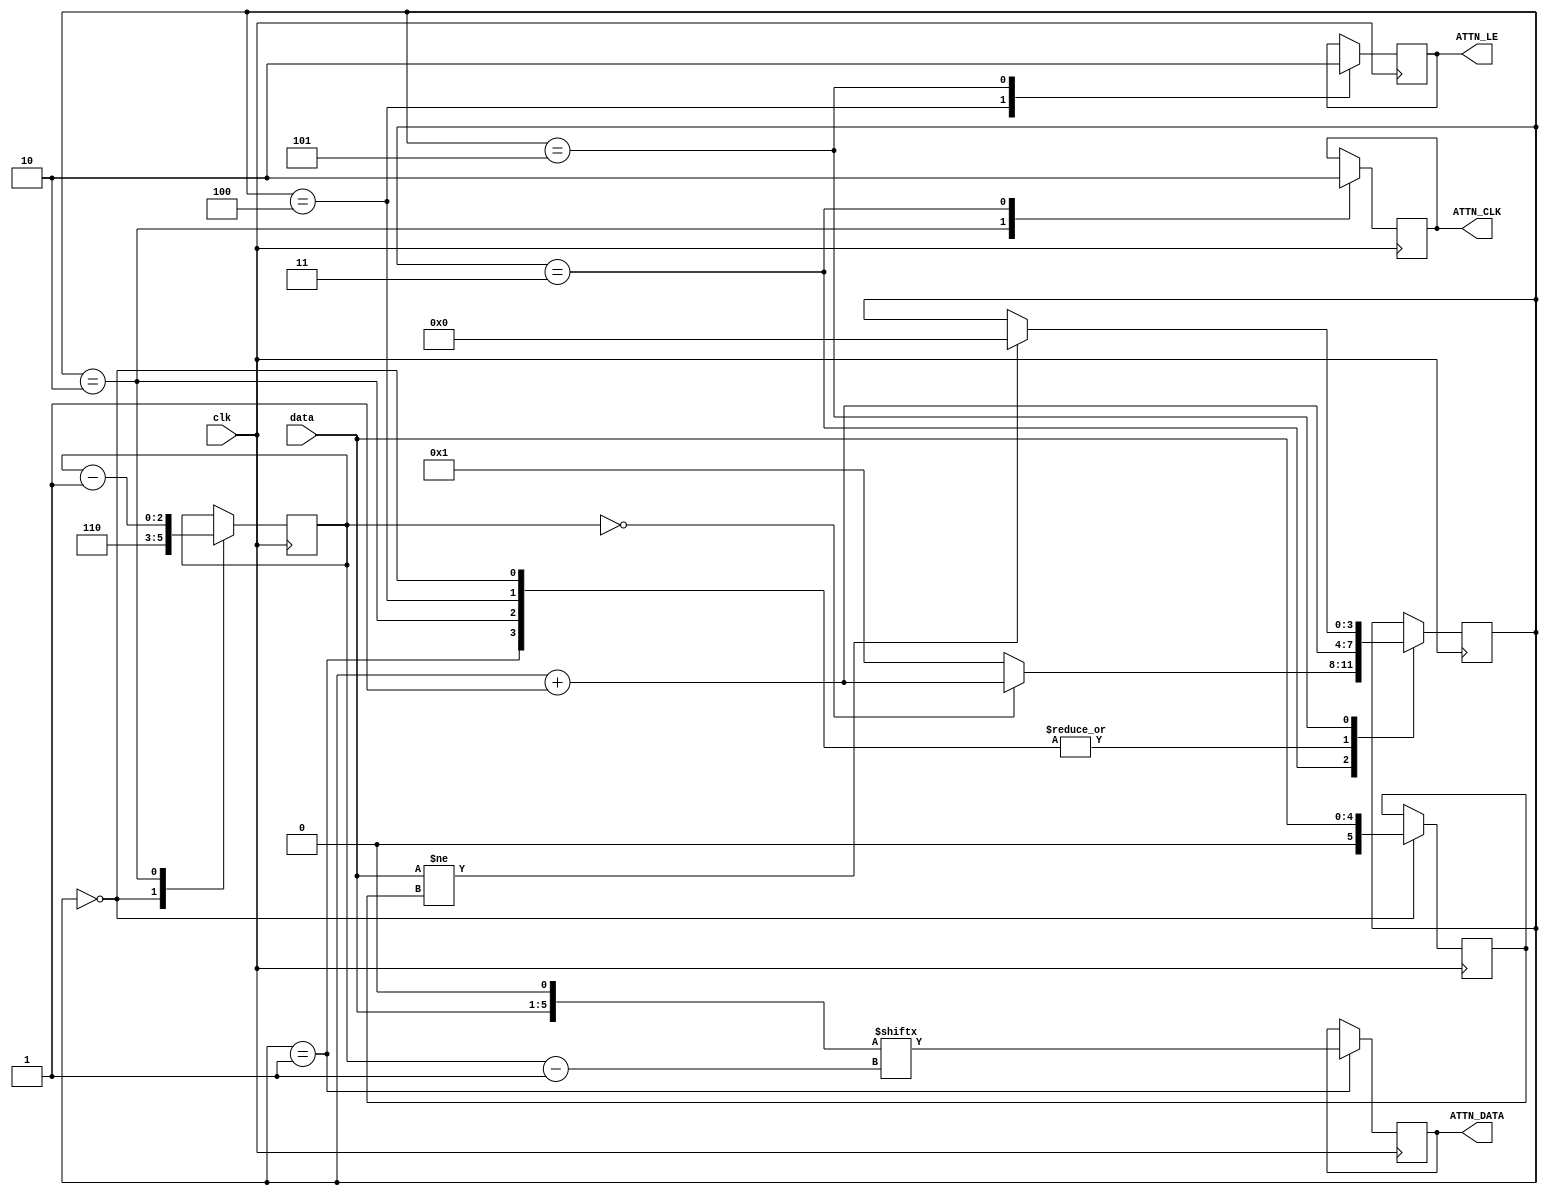
//
//  HPSDR - High Performance Software Defined Radio
//
//  Hermes code. 
//
//  This program is free software; you can redistribute it and/or modify
//  it under the terms of the GNU General Public License as published by
//  the Free Software Foundation; either version 2 of the License, or
//  (at your option) any later version.
//
//  This program is distributed in the hope that it will be useful,
//  but WITHOUT ANY WARRANTY; without even the implied warranty of
//  MERCHANTABILITY or FITNESS FOR A PARTICULAR PURPOSE.  See the
//  GNU General Public License for more details.
//
//  You should have received a copy of the GNU General Public License
//  along with this program; if not, write to the Free Software
//  Foundation, Inc., 59 Temple Place, Suite 330, Boston, MA  02111-1307  USA


//  Attenuator - 2011  (C) Phil Harman VK6APH

//  Driver for Minicircuits DAT-33-SP+ attenuator
//  C16 set = 16dB, C8 set = 8dB etc

//
// NOTE: CLK is a max of 10MHz

/*


             +--+  +--+  +--+  +--+  +--+  +--+  
CLK       ---+  +--+  +--+  +--+  +--+  +--+  +----
                >  < 30nS min      
                                    >||< 10nS min
            +-----+-----+-----+-----+-----+
DATA        | C16 | C8  | C4  | C2  | C1  |
            +-----+-----+-----+-----+-----+--------------------
           MSB                          LSB                                     
                                                 +--+
LE          -------------------------------------+  +----------
                                            >  < 30nS min

The register data is latched once LE goes high. 


*/

module Attenuator (clk, data, ATTN_CLK, ATTN_DATA, ATTN_LE);

input clk;                          // CMCLK - 12.288MHz
input [4:0]data;                    // Attenuator setting 
output reg ATTN_CLK;                // clock to attenuator chip - max 10MHz 
output reg ATTN_DATA;               // data to attenuator chip
output reg ATTN_LE;                 // data latch to attenuator chip]

reg [2:0]bit_count;
wire [5:0]send_data;

assign send_data = {data, 1'b0};    // append 0 to end of data

reg [3:0] state;
reg [5:0] previous_data;

always @ (negedge clk)
begin

case (state)

0: begin 
   bit_count <= 6;
   previous_data <= data;           // save current attenuator data in case it changes whilst we are 
   state <= state + 1'b1;           // send data
   end 

1: begin
   ATTN_DATA <= send_data[bit_count - 1];
   state <= state + 1'b1;
   end
   
// clock data out, set clock high  
2:  begin 
   bit_count <= bit_count - 1'b1;
   ATTN_CLK <= 1'b1;
   state <= state + 1'b1;
   end 
   
// set clock low  
3: begin
   ATTN_CLK <= 0;
      if (bit_count == 0) begin     // all data sent? If so send latch signal
         state <= state + 1'b1;
      end 
      else state <= 1;           // more bits to send
   end
    
// delay before we send the LE as required by the attenuator chip 
4: begin
   ATTN_LE <= 1'b1;
   state <= state + 1'b1;
   end

// reset LE pulse and wait until data changes   
5: begin
   ATTN_LE <= 0;
      if (data != previous_data) begin  // loop here until data changes
         state <= 0;
      end
   end 
   
endcase
end 

endmodule